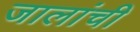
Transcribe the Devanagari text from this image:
जालांची